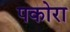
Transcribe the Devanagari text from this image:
पकोरा